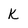
Character: k